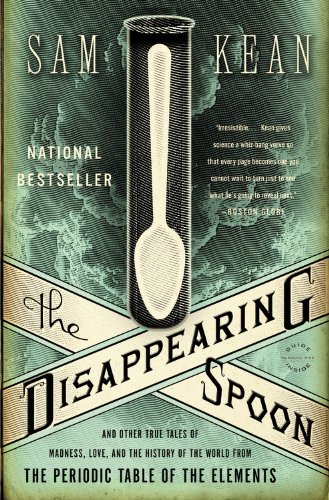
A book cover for The Disappearing Spoon: And Other True Tales of Madness, Love, and the History of the World from the Periodic Table of the Elements; Sam Kean; Science & Math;